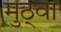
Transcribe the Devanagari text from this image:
मुठ्वा